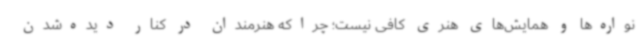
نواره‌ها و همایش‌های هنری کافی نیست؛ چراکه هنرمندان در کنار دیده‌شدن